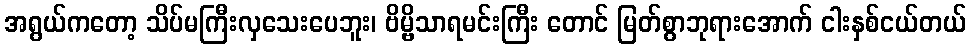
အရွယ်ကတော့ သိပ်မကြီးလှသေးပေဘူး၊ ဗိမ္ဗိသာရမင်းကြီး တောင် မြတ်စွာဘုရားအောက် ငါးနှစ်ငယ်တယ်